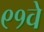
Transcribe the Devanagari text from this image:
९१वे